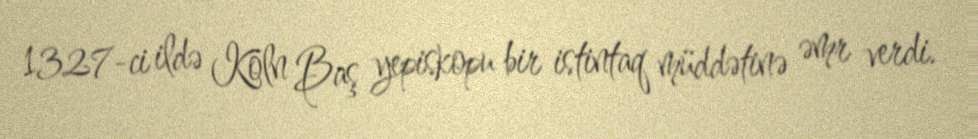
1327-ci ildə Köln Baş yepiskopu bir istintaq müddətinə əmr verdi.